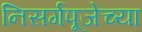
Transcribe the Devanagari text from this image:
निसर्गपूजेच्या